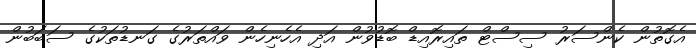
އެގޮތުން ކެންސަރު ސިސްޓް ތައިރޮއިޑް ބޮޑުވުން އަދި އެހެނިހެން ވައްތަރުގެ ގަނޑުތަކުގެ ސަބަބުން